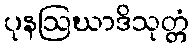
ပုနဩဃာဒိသုတ္တံ